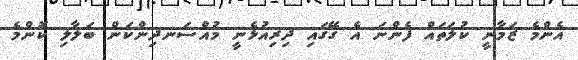
އެންމެ ޒަމާނީ ކުލަތައް ފެންނަ އެ ގޭގައި ދިރިއުޅެނީ މުއްސަނދިންކަން ބަލާލި ކޮންމެ